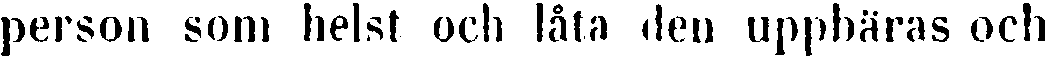
person som helst och låta den uppbäras och